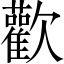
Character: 歡